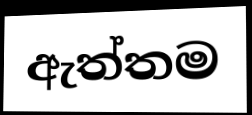
ඇත්තම